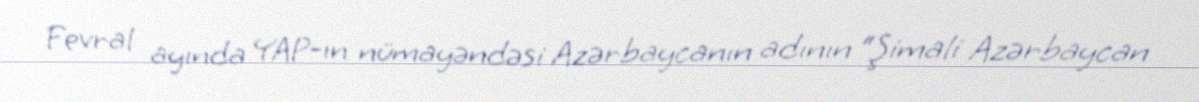
Fevral ayında YAP-ın nümayəndəsi Azərbaycanın adının “Şimali Azərbaycan